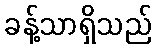
ခန့်သာရှိသည်